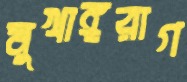
মুখাঙ্গরাগ